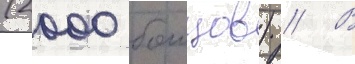
(2000 боицов) // В